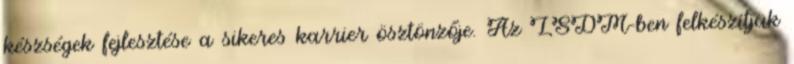
készségek fejlesztése a sikeres karrier ösztönzője. Az LSDM-ben felkészítjük